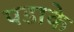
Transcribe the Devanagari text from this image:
पडाके